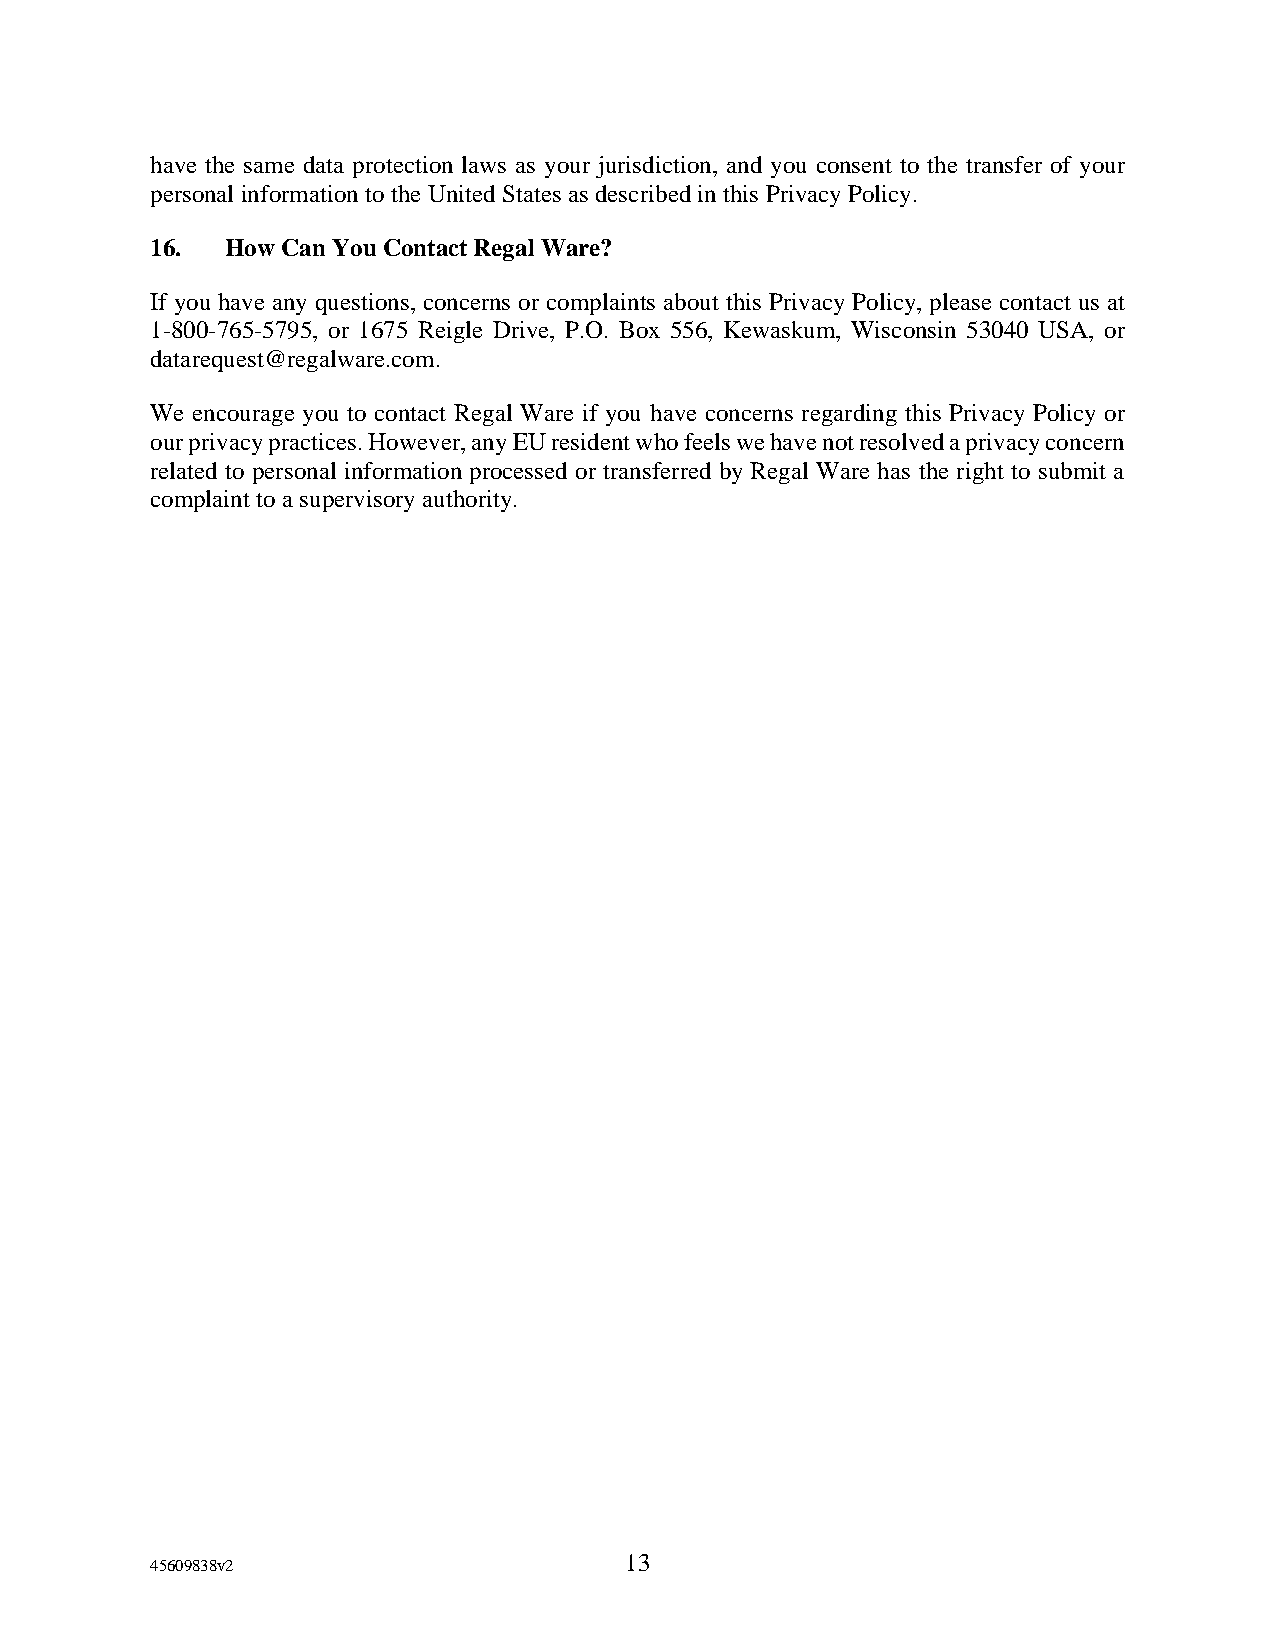
have the same data protection laws as your jurisdiction, and you consent to the transfer of your
 personal information to the United States as described in this Privacy Policy.
 16.  How Can You Contact Regal Ware?
 If you have any questions, concerns or complaints about this Privacy Policy, please contact us at
 1-800-765-5795, or 1675 Reigle Drive, P.O. Box 556, Kewaskum, Wisconsin 53040 USA, or
 datarequest@regalware.com.
 We encourage you to contact Regal Ware if you have concerns regarding this Privacy Policy or
 our privacy practices. However, any EU resident who feels we have not resolved a privacy concern
 related to personal information processed or transferred by Regal Ware has the right to submit a
 complaint to a supervisory authority.
 13
 45609838v2